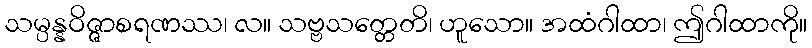
သမ္ပန္နဝိဇ္ဇာစရဏဿ၊ လ။ သဗ္ဗသတ္တေတိ၊ ဟူသော။ အထံဂါထာ၊ ဤဂါထာကို။